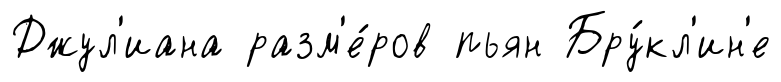
Джул'иана разм'е́ров пьян Бру́кл'ин'е